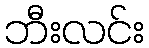
ဘီးလင်း